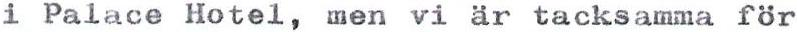
i Palace Hotel, men vi är tacksamma för